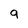
Character: 9